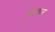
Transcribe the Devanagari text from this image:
आंदालन